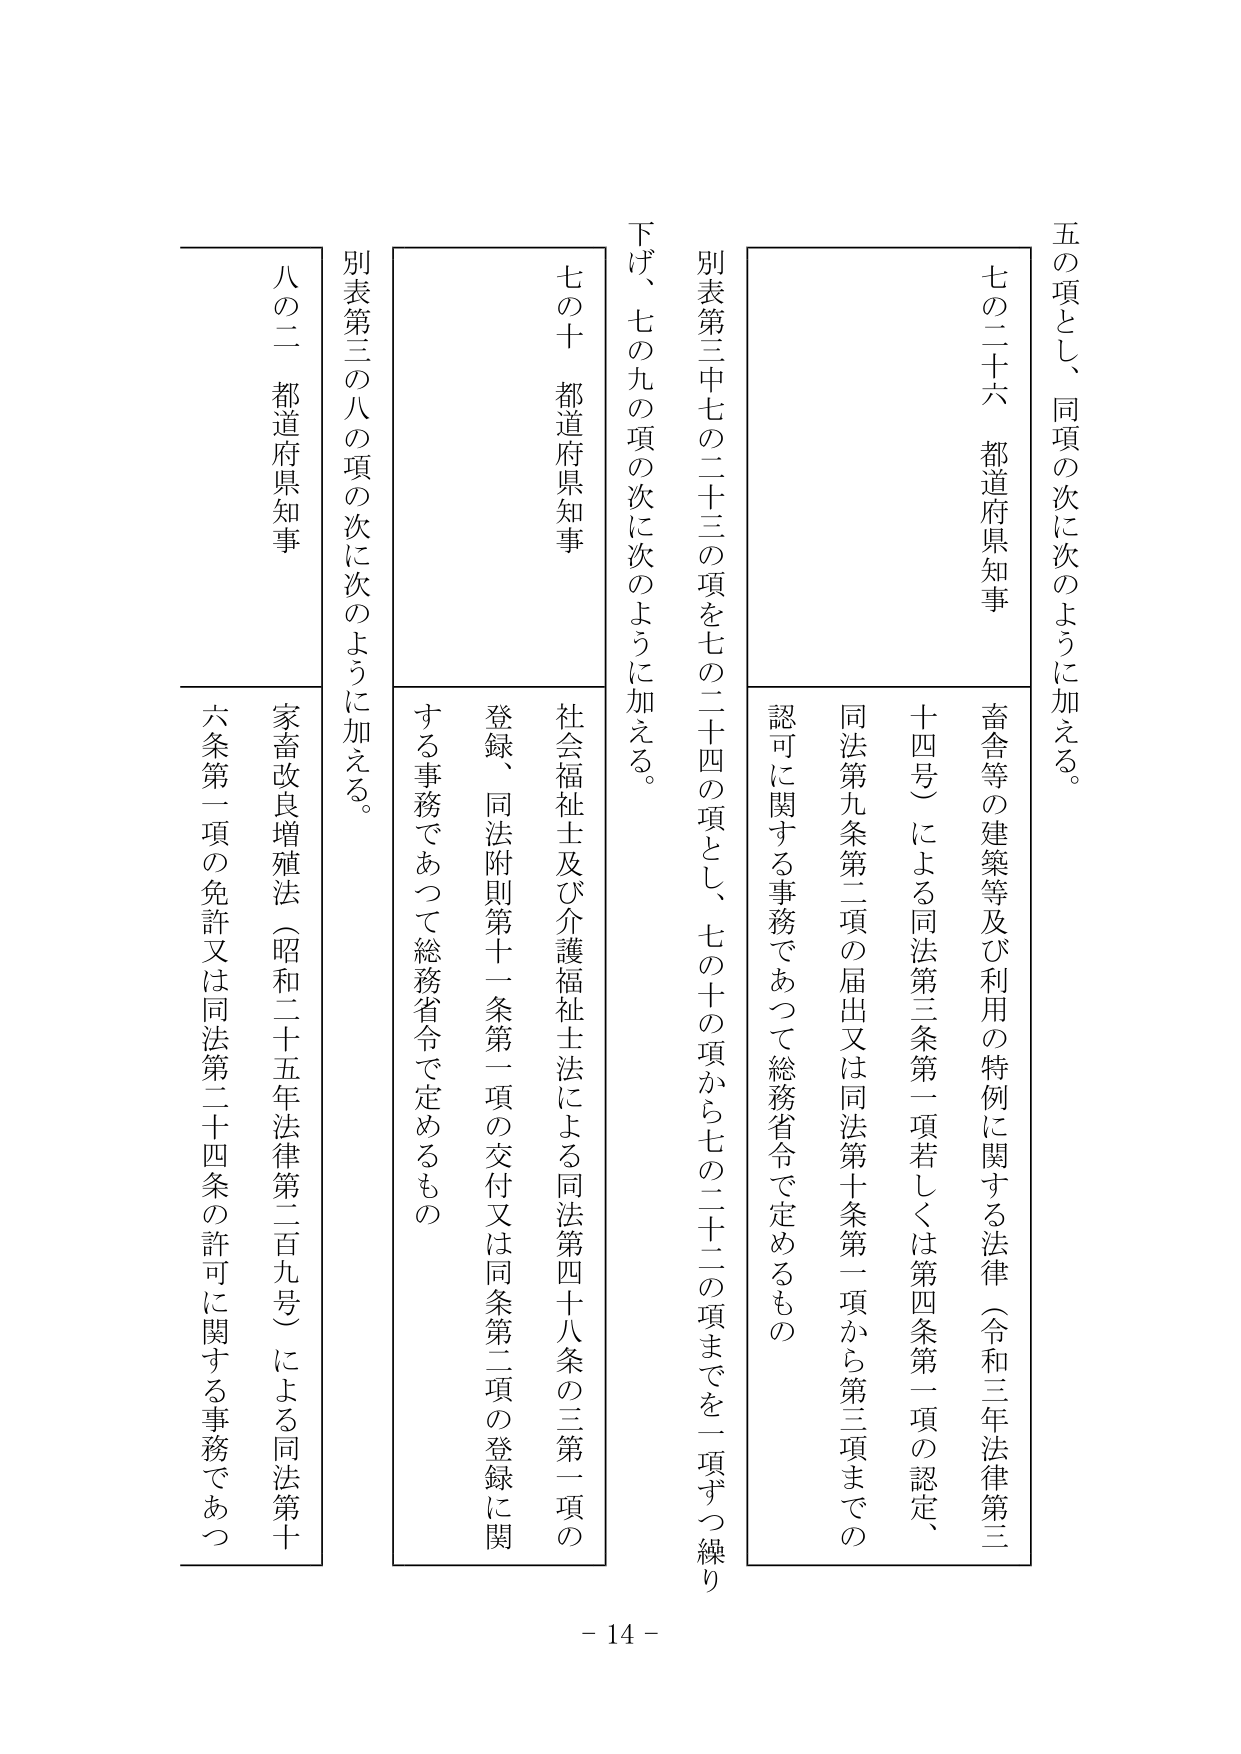
五の項とし、同項の次に次のように加える。

七の二十六 都道府県知事
畜舎等の建築等及び利用の特例に関する法律（令和三年法律第三十四号）による同法第三条第一項若しくは第四条第一項の認定、同法第九条第二項の届出又は同法第十条第一項から第三項までの認可に関する事務であって総務省令で定めるもの

別表第三中七の二十三の項を七の二十四の項とし、七の十の項から七の二十二の項までを一項ずつ繰り下げ、七の九の項の次に次のように加える。

七の十 都道府県知事
社会福祉士及び介護福祉士法による同法第四十八条の三第一項の登録、同法附則第十一条第一項の交付又は同条第二項の登録に関する事務であって総務省令で定めるもの

別表第三の八の項の次に次のように加える。

八の二 都道府県知事
家畜改良増殖法（昭和二十五年法律第二百九号）による同法第十六条第一項の免許又は同法第二十四条の許可に関する事務であつ

- 14 -